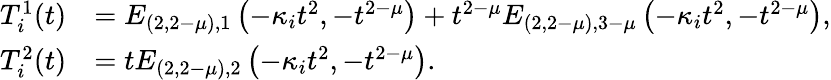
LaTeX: \begin{array}{rl}{T_{i}^{1}(t)}&{=E_{(2,2-\mu),1}\left(-\kappa_{i}t^{2},-t^{2-\mu}\right)+t^{2-\mu}E_{(2,2-\mu),3-\mu}\left(-\kappa_{i}t^{2},-t^{2-\mu}\right),}\\ {T_{i}^{2}(t)}&{=tE_{(2,2-\mu),2}\left(-\kappa_{i}t^{2},-t^{2-\mu}\right).}\end{array}